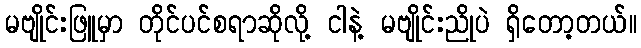
မဗျိုင်းဖြူမှာ တိုင်ပင်စရာဆိုလို့ ငါနဲ့ မဗျိုင်းညိုပဲ ရှိတော့တယ်။